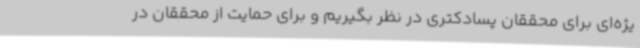
یژه‌ای برای محققان پسادکتری در نظر بگیریم و برای حمایت از محققان در